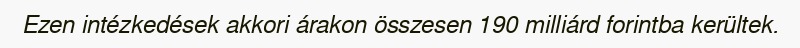
Ezen intézkedések akkori árakon összesen 190 milliárd forintba kerültek.